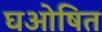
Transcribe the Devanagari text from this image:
घओषित